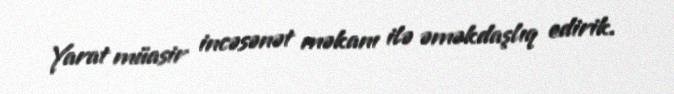
Yarat müasir incəsənət məkanı ilə əməkdaşlıq edirik.